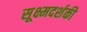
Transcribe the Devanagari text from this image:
सूक्ष्मदर्शकी